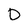
Character: D